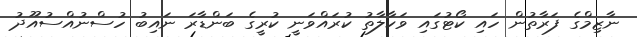
ނާޒިމްގެ ފަރާތުން ހައި ކޯޓުގައި ވަކާލާތު ކުރައްވަނީ ކުރީގެ ބަންޑާރަ ނައިބު ހުސްނުއްސުއޫދު